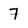
Character: 7